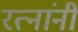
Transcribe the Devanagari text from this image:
रत्नांनी